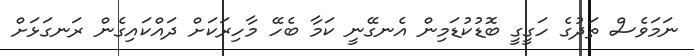
ނަމަވެސް ތަދުގެ ހަގީގީ ބޮޑުކުޑަމިން އެނގޭނީ ކަމާ ބެހޭ މާހިރަކަށް ދައްކައިގެން ރަނގަޅަށް